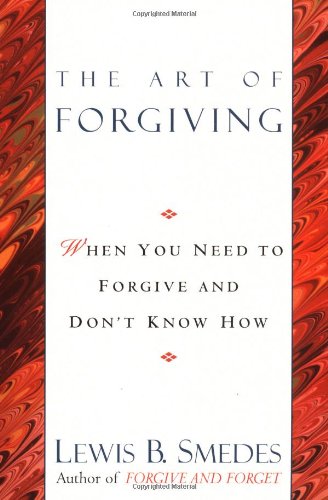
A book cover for The Art of Forgiving; Lewis B. Smedes; Health, Fitness & Dieting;